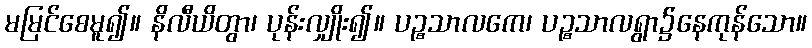
မမြင်စေမူ၍။ နိလီယိတွာ၊ ပုန်းလျှိုး၍။ ပဉ္စသာလကေ၊ ပဉ္စသာလရွာ၌နေကုန်သော။